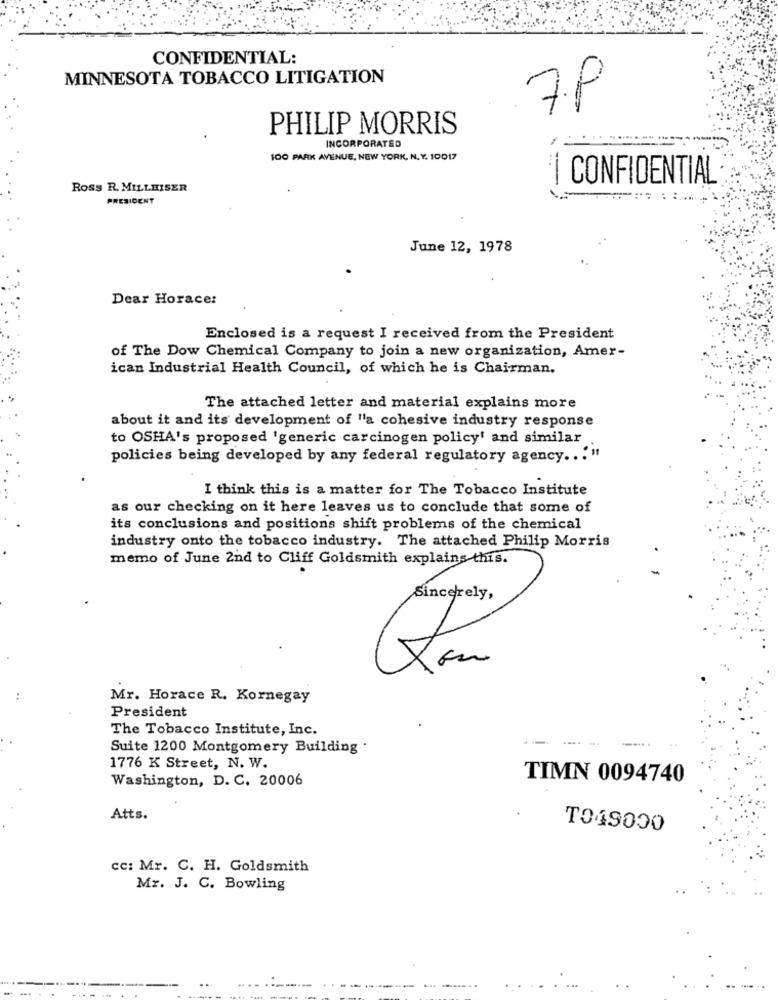
CONFIDENTIAL:
MINNESOTA TOBACCO LITIGATION
7P
PHILIP MORRIS
INCORPORATED
100 PARK AVENUE, NEW YORK, N.Y. 10017
| CONFIDENTIAL
ROSS R. MILLEISER
PRESIDENT
June 12, 1978
Dear Horace:
Enclosed is a request I received from the President
of The Dow Chemical Company to join a new organization, Amer-
ican Industrial Health Council, of which he is Chairman.
The attached letter and material explains more
about it and its development of "a cohesive industry response
to OSHA's proposed 'generic carcinogen policy' and similar
policies being developed by any federal regulatory agency ... "
I think this is a matter for The Tobacco Institute
as our checking on it here leaves us to conclude that some of
its conclusions and positions shift problems of the chemical
industry onto the tobacco industry. The attached Philip Morris
memo of June 2nd to Cliff Goldsmith explains this.
Sincerely,
Mr. Horace R. Kornegay
President
The Tobacco Institute, Inc.
---
--.. .
Suite 1200 Montgomery Building .
1776 K Street, N. W.
Washington, D. C. 20006
TIMN 0094740
Atts.
T049000
cc: Mr. C. H. Goldsmith
Mr. J. C. Bowling